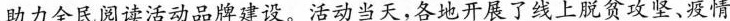
助力全民阅读活动品牌建设。活动当天，各地开展了线上脱贫攻坚、疫情